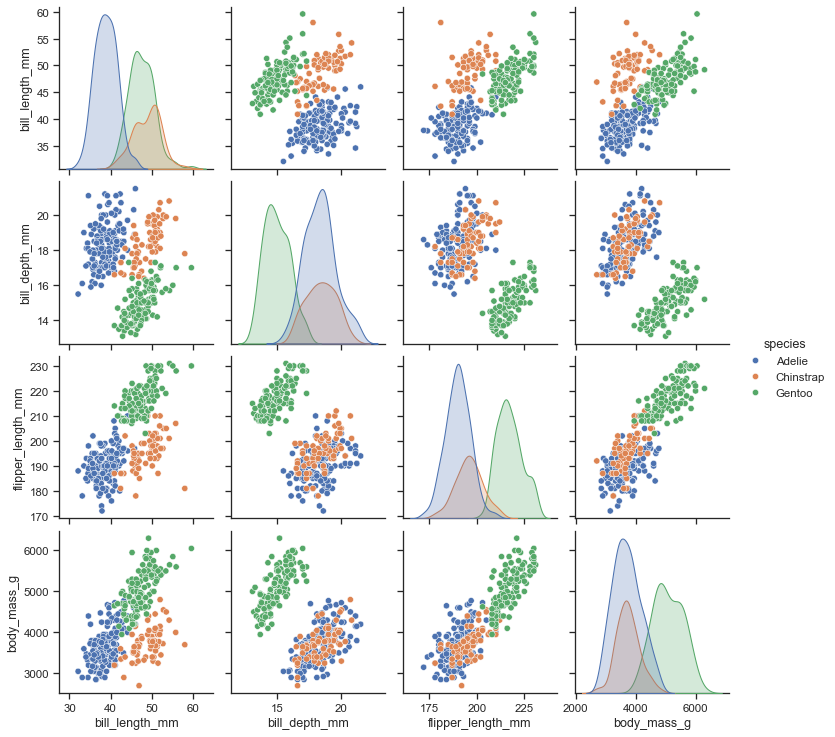
python, seaborn, pairplot